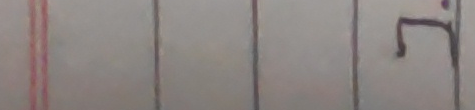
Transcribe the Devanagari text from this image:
र